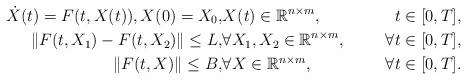
LaTeX: \begin{align*}\dot{X}(t) = F(t, X(t)), X(0) = X_0,& X(t) \in \mathbb{R}^{n\times m}, &t\in [0, T], \\\Vert F(t, X_1) - F(t, X_2)\Vert \leq L,& \forall X_1, X_2 \in \mathbb{R}^{n\times m}, &\forall t\in [0, T],\\\Vert F(t, X) \Vert \leq B,& \forall X \in \mathbb{R}^{n\times m}, &\forall t\in [0, T]. \\\end{align*}